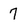
Character: 7